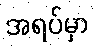
အရပ်မှာ